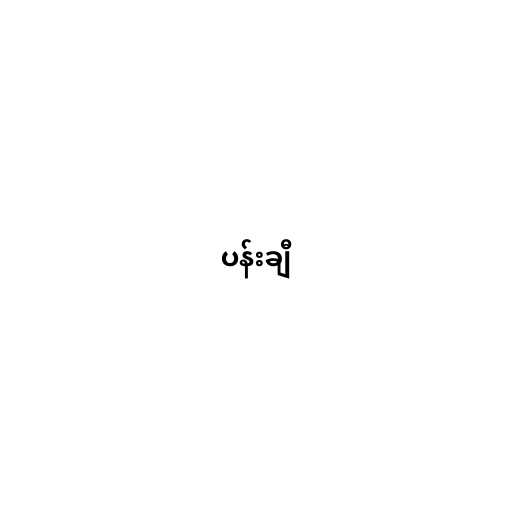
ပန်းချီ